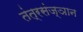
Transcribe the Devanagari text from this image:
तंत्रसंज्ञान